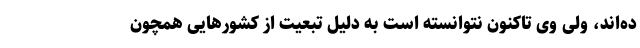
ده‌اند، ولی وی تاکنون نتوانسته است به دلیل تبعیت از کشورهایی همچون